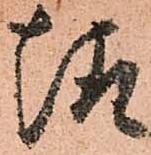
趣